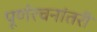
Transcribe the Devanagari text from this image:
पूर्णरचनांतरी